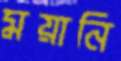
ময়ানি